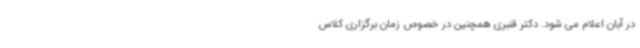
در آبان اعلام می شود. دکتر قنبری همچنین در خصوص زمان برگزاری کلاس